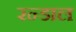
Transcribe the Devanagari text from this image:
रन्डाल